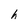
Character: h